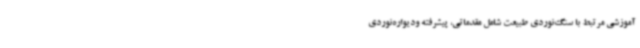
آموزشی مرتبط با سنگ‌نوردی طبیعت شامل مقدماتی، پیشرفته ودیواره‌نوردی